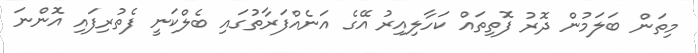
މިތަން ބަލަމުން ދޮރު ފޮތިތައް ކަހާލިއިރު އޭގެ އަނެއްފަރާތުގައި ބެލްކަނީ ފެތުރިފައި އޮންނަ